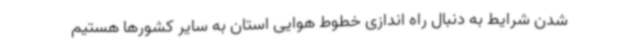
شدن شرایط به دنبال راه اندازی خطوط هوایی استان به سایر کشورها هستیم